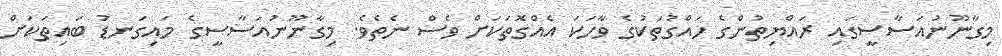
މިގާނޫނުއަސާސީގައި ރައްޔިތުންގެ ހައްގުތަކުގެ ވާހަކަ އެއްގޮތަކަށް ވެސް ނެތެވެ. މިގާނޫނުއަސާސީގެ މައިގަނޑު ބައިތަކަށް